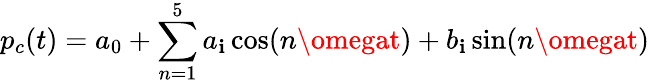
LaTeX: p_{c}(t)=a_{0}+\sum_{n=1}^{5}a_{\mathbf{i}}\cos(n\omegat)+b_{\mathbf{i}}\sin(n\omegat)